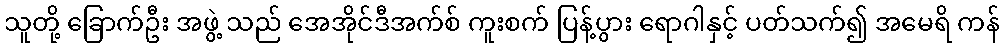
သူတို့ ခြောက်ဦး အဖွဲ့ သည် အေအိုင်ဒီအက်စ် ကူးစက် ပြန့်ပွား ရောဂါနှင့် ပတ်သက်၍ အမေရိ ကန်